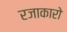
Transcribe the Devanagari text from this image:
रजाकारो